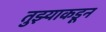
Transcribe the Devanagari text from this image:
तुझ्याकडून